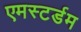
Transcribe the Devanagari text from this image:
एमस्टर्डम